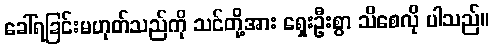
ခေါ်ရခြင်းမဟုတ်သည်ကို သင်တို့အား ရှေးဦးစွာ သိစေလို ပါသည်။